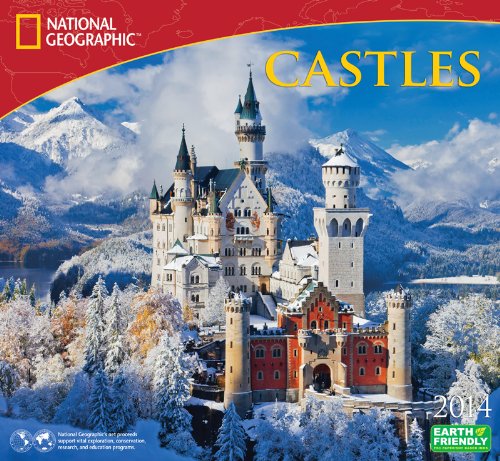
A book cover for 2014 National Geographic Castles Deluxe Wall; Zebra Publishing Corp.; Calendars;